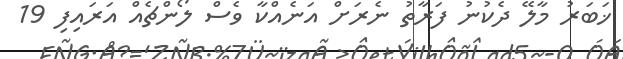
ޚަބަރު މާލޭ ދެކުނު ފަރާތު ނެރަށް އަނެއްކާ ވެސް ލޯންޗެއް އަރައިފި 19